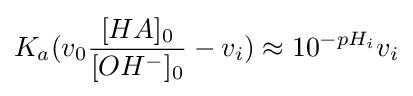
K_{a}(v_{0}{\frac {[HA]_{0}}{[OH^{-}]_{0}}}-v_{i})\approx 10^{-pH_{i}}v_{i}